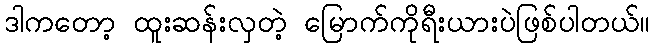
ဒါကတော့ ထူးဆန်းလှတဲ့ မြောက်ကိုရီးယားပဲဖြစ်ပါတယ်။